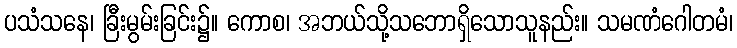
ပသံသနေ၊ ခြီးမွမ်းခြင်း၌။ ကောစ၊ အဘယ်သို့သဘောရှိသောသူနည်း။ သမဏံဂေါတမံ၊